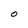
Character: O